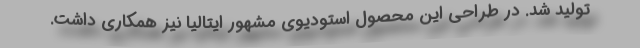
تولید شد. در طراحی این محصول استودیوی مشهور ایتالیا نیز همکاری داشت.